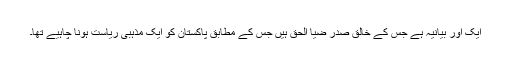
ایک اور بیانیہ ہے جس کے خالق صدر ضیا الحق ہیں جس کے مطابق پاکستان کو ایک مذہبی ریاست ہونا چاہیے تھا۔